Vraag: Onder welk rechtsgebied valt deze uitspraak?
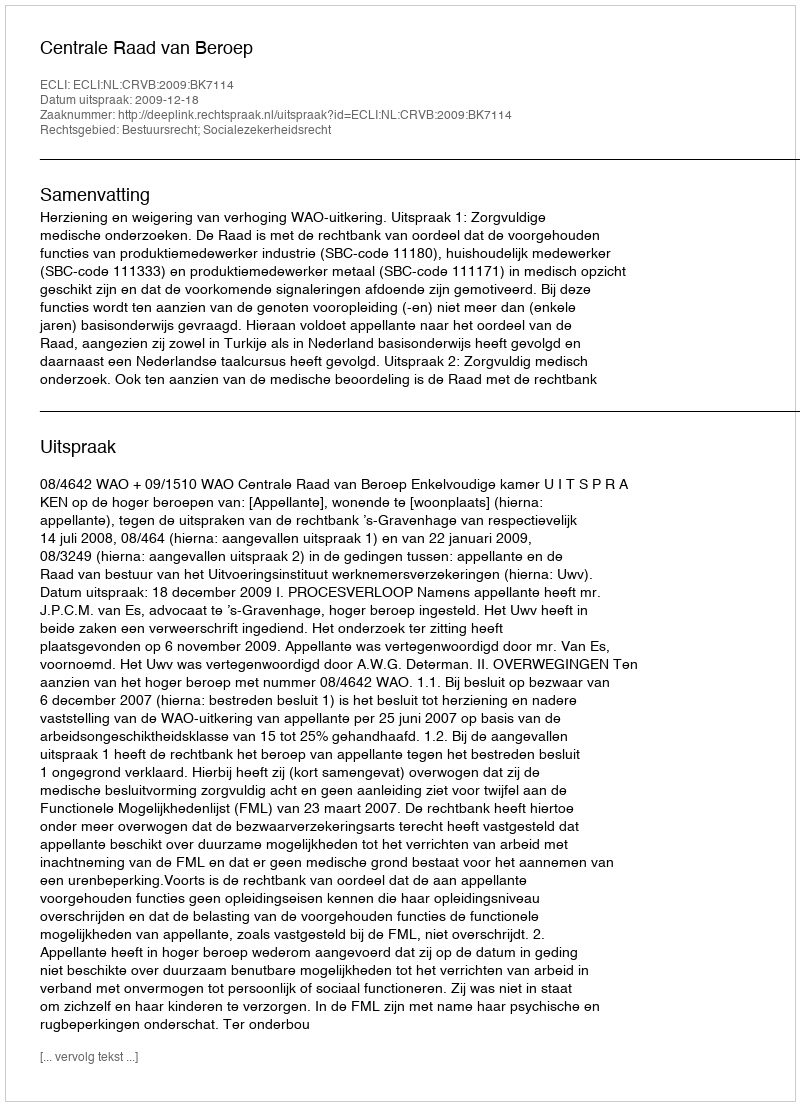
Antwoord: Bestuursrecht; Socialezekerheidsrecht